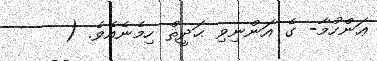
ޢަންހުމާ- ގެ އަންނިވި ޙަދީޘް ހިމެނެއެވެ. (